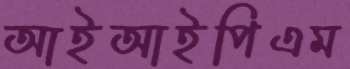
আইআইপিএম